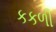
કકળી